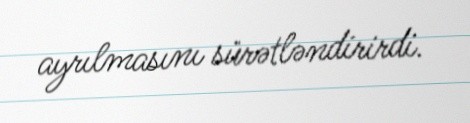
ayrılmasını sürətləndirirdi.